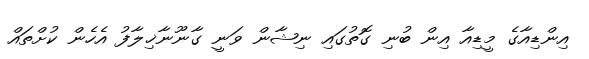
އިންޑިއާގެ މީޑިއާ އިން ބުނި ގޮތުގައި ނިޝާން ވަނީ ގާނޫނާޚިލާފު އެހެން ކުށްތައް